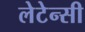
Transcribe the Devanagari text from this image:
लेटेन्सी